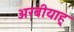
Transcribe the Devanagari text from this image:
अरबीयाह्